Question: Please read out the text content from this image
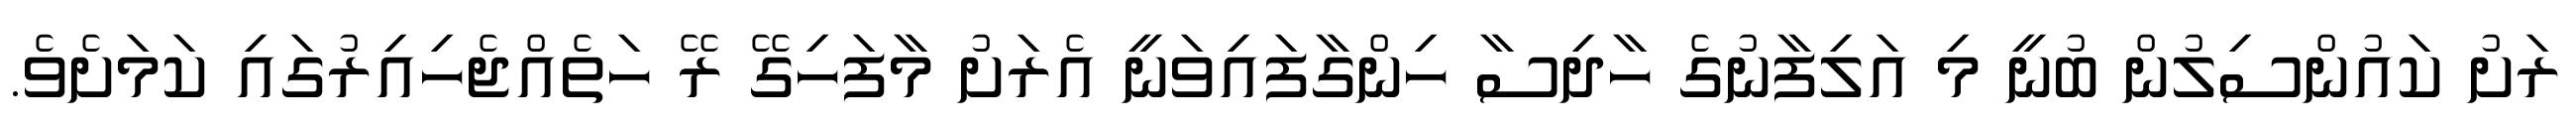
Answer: ރަށު ކައުންސިލުން ބުނީ މި އަލިފާނުގެ ހާދިސާ ހިންގާފައިވަނީ އެރަށު މާފަހިގޭ ރޭ ހަތެއްޖެހިއިރުގައި ކަމަށެވެ.